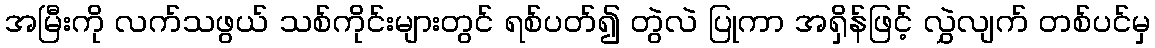
အမြီးကို လက်သဖွယ် သစ်ကိုင်းများတွင် ရစ်ပတ်၍ တွဲလဲ ပြုကာ အရှိန်ဖြင့် လွှဲလျက် တစ်ပင်မှ